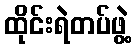
ထိုင်းရဲတပ်ဖွဲ့